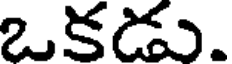
ఒకడు.